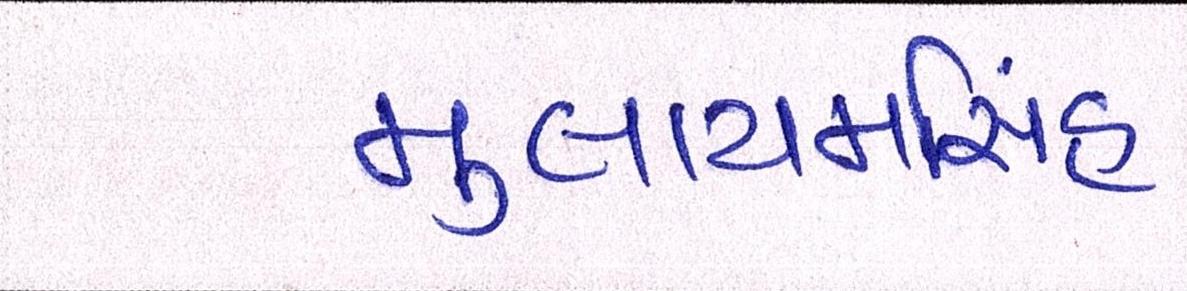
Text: મુલાયમસિંહ